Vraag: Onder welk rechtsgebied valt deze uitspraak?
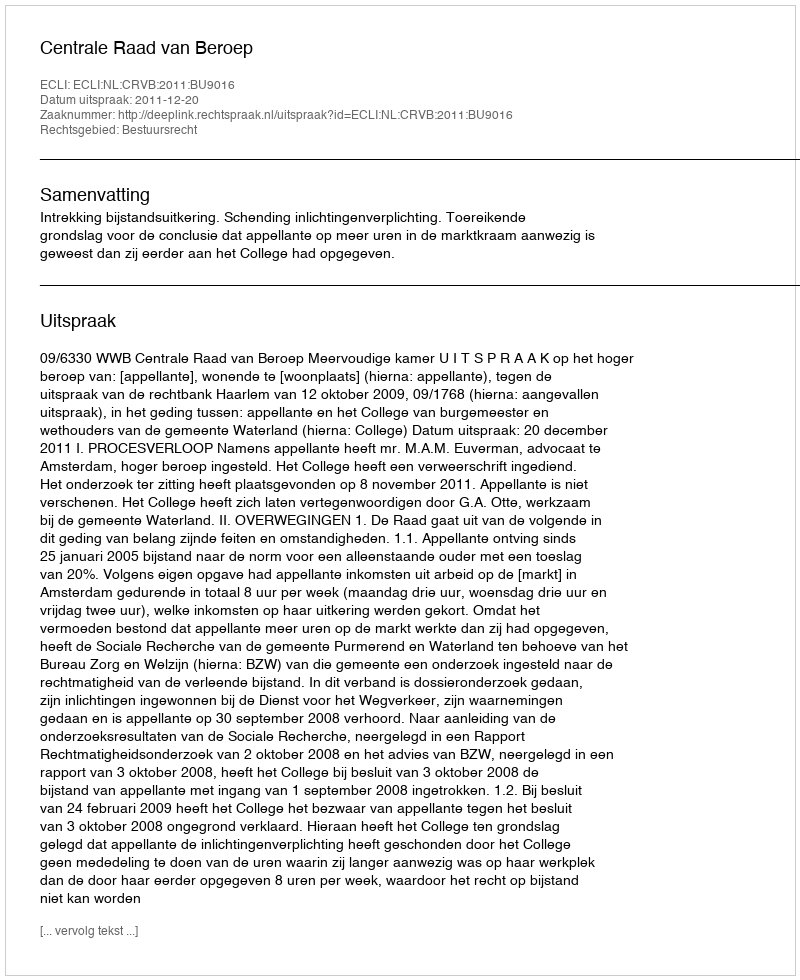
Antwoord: Bestuursrecht